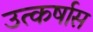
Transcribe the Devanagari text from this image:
उत्कर्षास